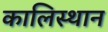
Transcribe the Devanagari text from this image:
कालिस्थान